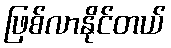
ဖြစ်လာနိုင်တယ်